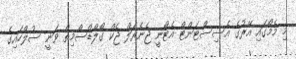
މި މެމޯގައި އޭރުގެ އެސިސްޓަންޓް އެޓޯނީ ޖެނެރަލް ޖެކް ގޯލްޑްސްމިތް ވަނީ ސުލްހައިގެ